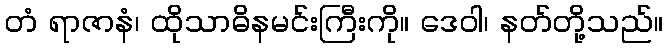
တံ ရာဇာနံ၊ ထိုသာဓိနမင်းကြီးကို။ ဒေဝါ၊ နတ်တို့သည်။